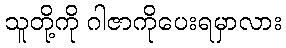
သူတို့ကို ဂါဇာကိုပေးရမှာလား